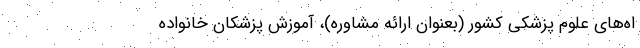
اه‌های علوم پزشکی کشور (بعنوان ارائه مشاوره)، آموزش پزشکان خانواده